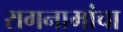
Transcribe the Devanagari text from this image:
रागनामांचा